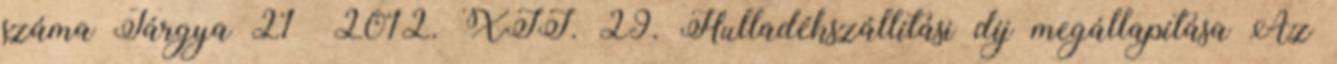
száma Tárgya 21 2012. XII. 29. Hulladékszállítási díj megállapítása Az